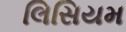
લિસિયમ